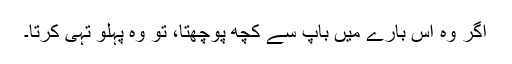
اگر وہ اس بارے میں باپ سے کچھ پوچھتا، تو وہ پہلو تہی کرتا۔